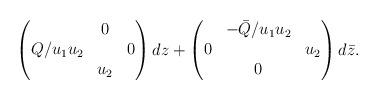
LaTeX: \begin{align*}\begin{pmatrix} & 0 & \\ Q/u_1u_2 & & 0\\ & u_2 & \end{pmatrix} dz +\begin{pmatrix} &-\bar Q/u_1u_2 & \\ 0 & & u_2\\ & 0 & \end{pmatrix} d\bar z. \end{align*}